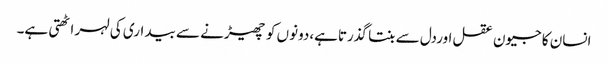
انسان کا جیون عقل اوردل سے بنتا گذرتاہے،دونوں کو چھیڑنے سے بیداری کی لہر اٹھتی ہے۔